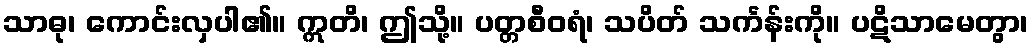
သာဓု၊ ကောင်းလှပါ၏။ ဣတိ၊ ဤသို့။ ပတ္တစီဝရံ၊ သပိတ် သင်္ကန်းကို။ ပဋိသာမေတွာ၊